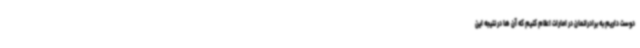
دوست داریم به برادرانمان در امارات اعلام کنیم که آن ها در نتیجه این